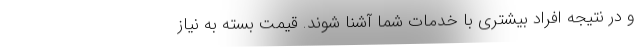
و در نتیجه افراد بیشتری با خدمات شما آشنا شوند. قیمت بسته به نیاز